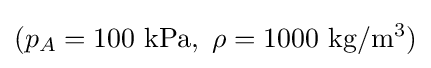
(p_{A}=100~{\rm {kPa}},~\rho =1000~{\rm {kg/m^{3}}})